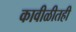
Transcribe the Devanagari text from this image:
कावीळीतही